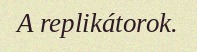
A replikátorok.